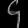
Digit: ၄